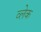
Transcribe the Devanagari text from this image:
व्लेक